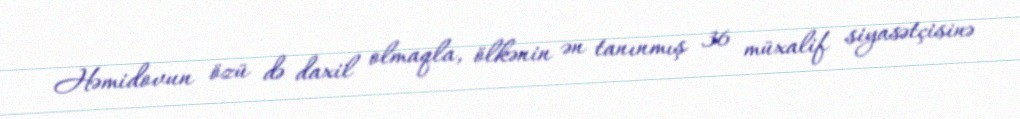
Həmidovun özü də daxil olmaqla, ölkənin ən tanınmış 36 müxalif siyasətçisinə